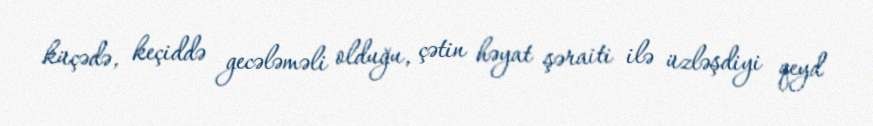
küçədə, keçiddə gecələməli olduğu, çətin həyat şəraiti ilə üzləşdiyi qeyd